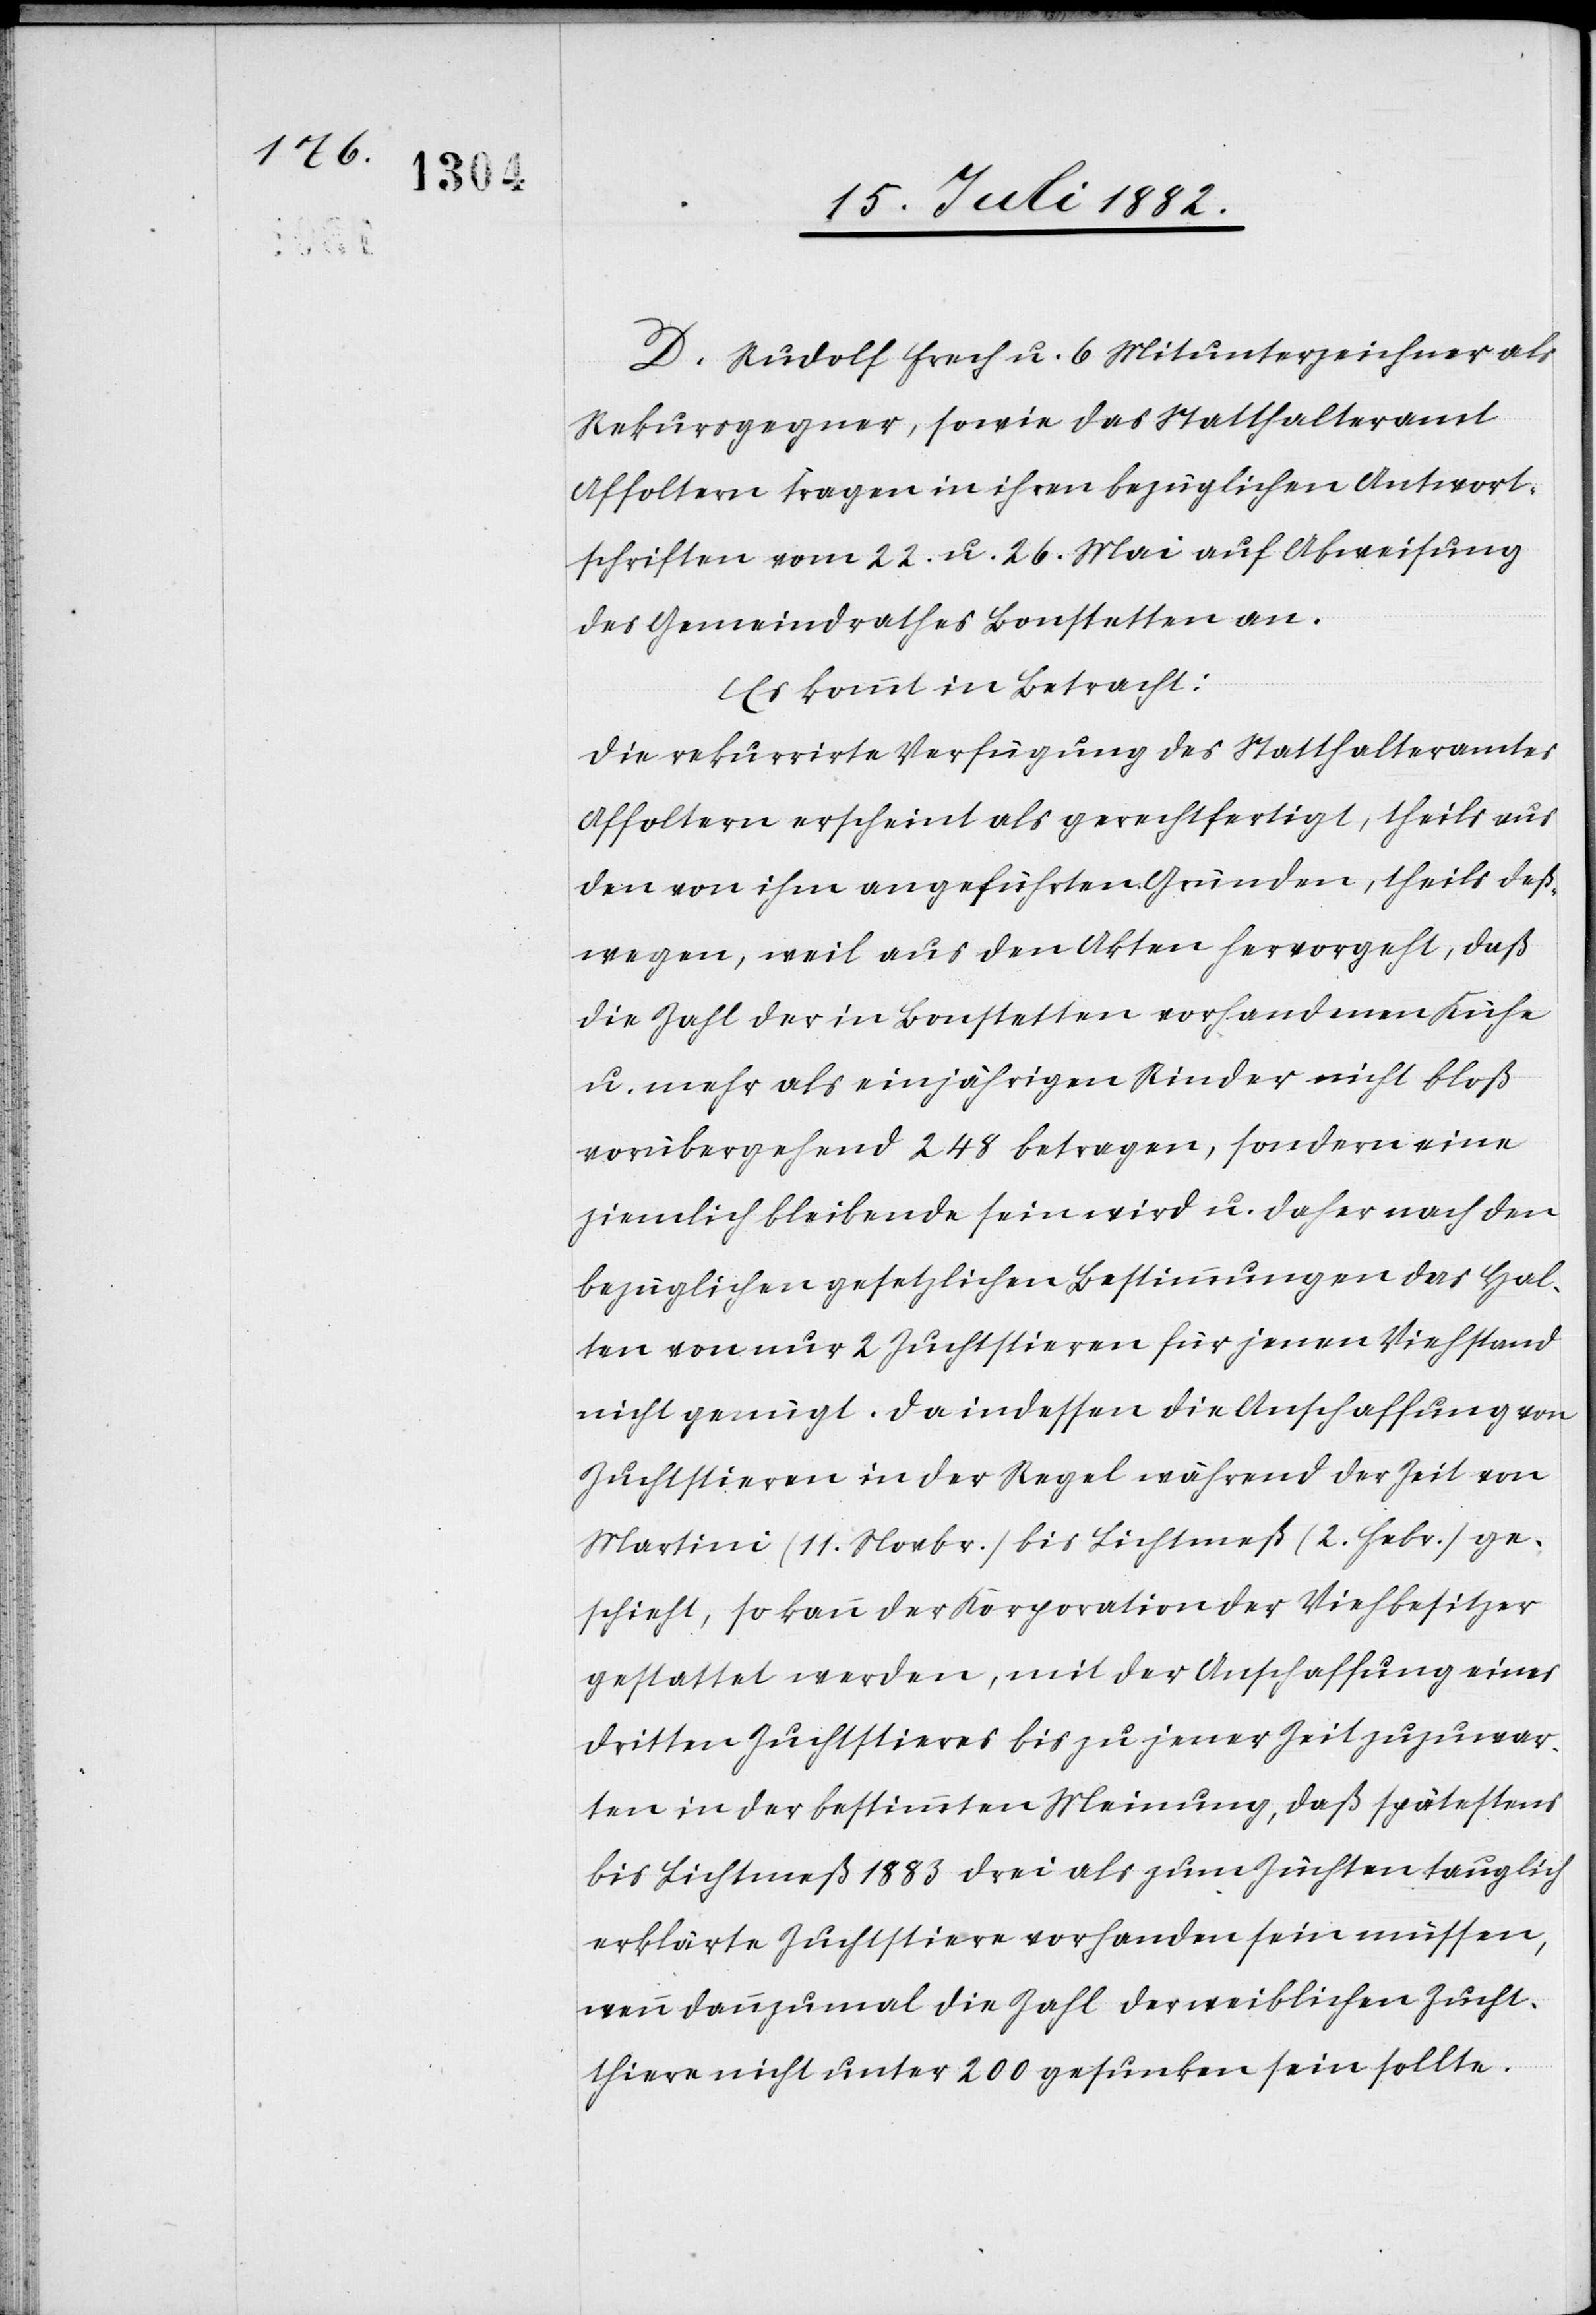
D. Rudolf Frech u. 6 Mitunterzeichner als
Rekursgegner, sowie das Statthalteramt
Affoltern tragen in ihren bezüglichen Antwort¬
schriften vom 22. u. 26. Mai auf Abweisung
des Gemeindrathes Bonstetten an.
Es kommt in Betracht:
Die rekurrirte Verfügung des Statthalteramtes
Affoltern erscheint als gerechtfertigt, theils aus
den von ihm angeführten Gründen, theils deß¬
wegen, weil aus den Akten hervorgeht, daß
die Zahl der in Bonstetten vorhandenen Kühe
u. mehr als einjährigen Rinder nicht bloß
vorübergehend 248 betragen, sondern eine
ziemlich bleibende sein wird u. daher nach den
bezüglichen gesetzlichen Bestimmungen das Hal¬
ten von nur 2 Zuchtstieren für jenen Viehstand
nicht genügt. Da indessen die Anschaffung von
Zuchtstieren in der Regel während der Zeit von
Martini (11. Novbr.) bis Lichtmeß (2. Febr.) ge¬
schieht, so kann der Korporation der Viehbesitzer
gestattet werden, mit der Anschaffung eines
dritten Zuchtstieres bis zu jener Zeit zuzuwar¬
ten in der bestimmten Meinung, daß spätestens
bis Lichtmeß 1883 drei als zum Züchten tauglich
erklärte Zuchtstiere vorhanden sein müssen,
wenn dannzumal die Zahl der weiblichen Zucht¬
thiere nicht unter 200 gesunken sein sollte.